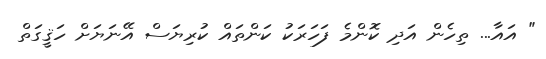
" އައާ... ތިހެން އަދި ކޮންމެ ފަހަރަކު ކަންތައް ކުރިޔަސް އޭނަޔަށް ހަޤީގަތް